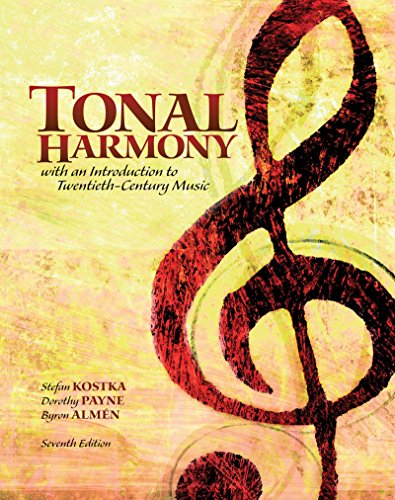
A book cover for Workbook for Tonal Harmony; Stefan Kostka; Arts & Photography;